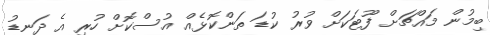
ބިމުން މައްޗަށް ފޫޓަކަށް ވުރު ކުޑަ ތަންކޮޅެއް އުސްކޮށް ހުރި އެ ދަނޑު